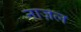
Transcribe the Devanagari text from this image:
नाज़ल